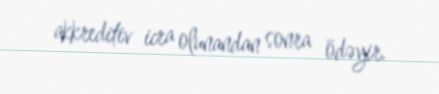
akkreditiv icra olunandan sonra ödəyir.